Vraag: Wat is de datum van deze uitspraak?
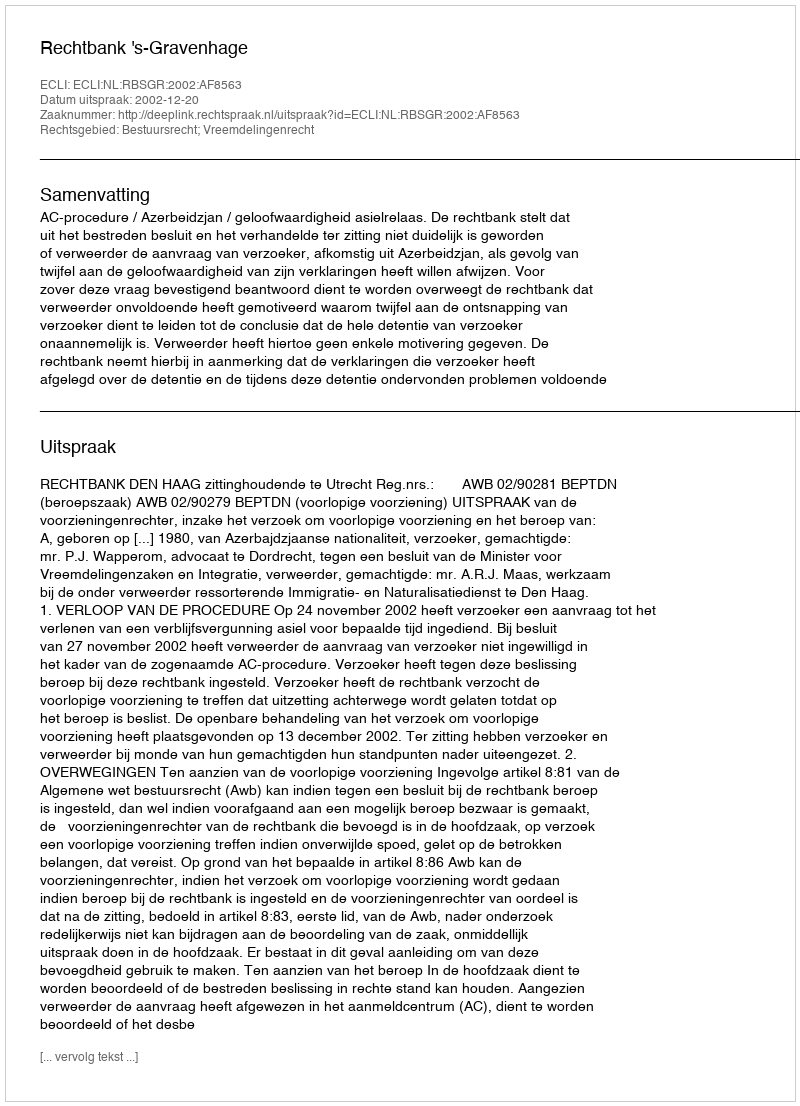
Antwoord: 2002-12-20